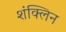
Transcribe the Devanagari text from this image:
शंक्लिन